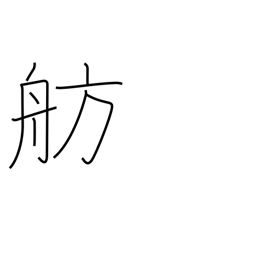
Meaning: berth